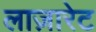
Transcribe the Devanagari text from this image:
लाज़ारेट